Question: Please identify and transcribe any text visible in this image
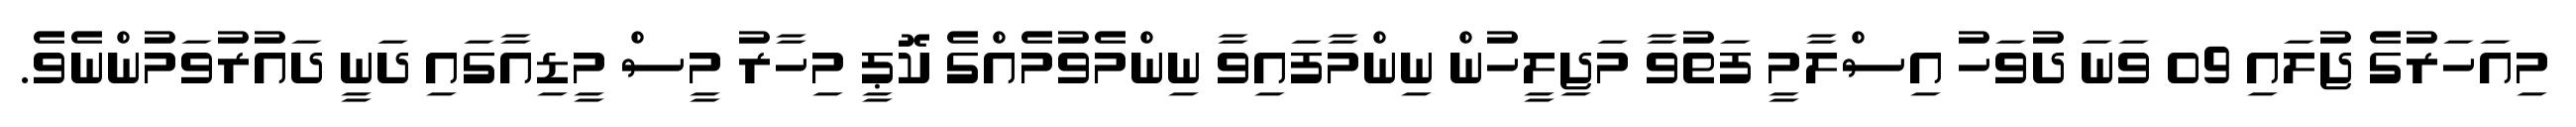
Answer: މިއަހަރުގެ ޖުލައި 09 ވަނަ ދުވަހު އިސްލާމީ ފަތުވާ މަޖިލީހުން ނިންމާފައިވާ ނިންމެވުމެއްގެ ކޮޕީ މިހާރު މީސް މީޑިއާގައި ދަނީ ދައުރުވަމުންނެވެ.